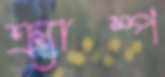
ক্র্যাম্প